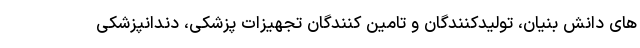
های دانش بنیان، تولیدکنندگان و تامین کنندگان تجهیزات پزشکی، دندانپزشکی